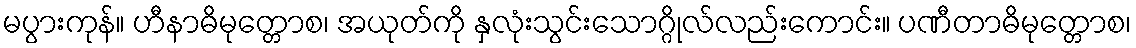
မပွားကုန်။ ဟီနာဓိမုတ္တောစ၊ အယုတ်ကို နှလုံးသွင်းသောဂ္ဂိုလ်လည်းကောင်း။ ပဏီတာဓိမုတ္တောစ၊